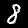
Digit: 8